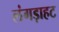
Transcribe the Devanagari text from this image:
लंगड़ाहट